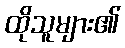
ထိုသူများ၏